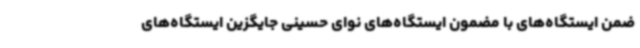
ضمن ایستگاه‌های با مضمون ایستگاه‌های نوای حسینی جایگزین ایستگاه‌های